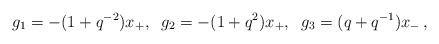
\begin{align*}g_1 =-(1+q^{-2})x_{+},\;\; g_2 =-(1+q^2 )x_{+},\;\; g_3 =(q+q^{-1})x_{-}\,,\end{align*}